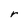
Character: r